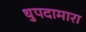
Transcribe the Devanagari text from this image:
धुपदामारा